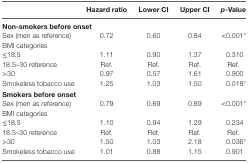
<table><thead><tr><td></td><td><b>Hazard ratio</b></td><td><b>Lower CI</b></td><td><b>Upper CI</b></td><td><b><i>p</i>-Value</b></td></tr></thead><tbody><tr><td colspan="5"><b>Non-smokers before onset</b></td></tr><tr><td>Sex (men as reference)</td><td>0.72</td><td>0.60</td><td>0.84</td><td>&lt;0.001*</td></tr><tr><td colspan="5">BMI categories</td></tr><tr><td>≤18.5</td><td>1.11</td><td>0.90</td><td>1.37</td><td>0.310</td></tr><tr><td>18.5–30 reference</td><td>Ref.</td><td>Ref.</td><td>Ref.</td><td>Ref.</td></tr><tr><td>&gt;30</td><td>0.97</td><td>0.57</td><td>1.61</td><td>0.900</td></tr><tr><td>Smokeless tobacco use</td><td>1.25</td><td>1.03</td><td>1.50</td><td>0.018*</td></tr><tr><td colspan="5"><b>Smokers before onset</b></td></tr><tr><td>Sex (men as reference)</td><td>0.79</td><td>0.69</td><td>0.89</td><td>&lt;0.001*</td></tr><tr><td colspan="5">BMI categories</td></tr><tr><td>≤18.5</td><td>1.10</td><td>0.94</td><td>1.29</td><td>0.234</td></tr><tr><td>18.5–30 reference</td><td>Ref.</td><td>Ref.</td><td>Ref.</td><td>Ref.</td></tr><tr><td>&gt;30</td><td>1.50</td><td>1.03</td><td>2.18</td><td>0.036*</td></tr><tr><td>Smokeless tobacco use</td><td>1.01</td><td>0.88</td><td>1.15</td><td>0.901</td></tr></tbody></table>